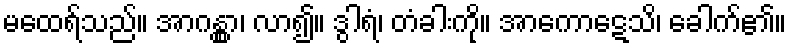
မထေရ်သည်။ အာဂန္တွာ၊ လာ၍။ ဒွါရံ၊ တံခါးကို။ အာကောဋေသိ၊ ခေါက်၏။